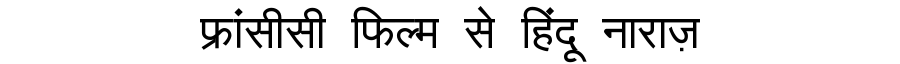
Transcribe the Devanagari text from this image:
फ्रांसीसी फिल्म से हिंदू नाराज़